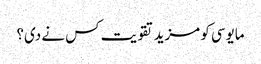
مایوسی کو مزید تقویت کس نے دی؟